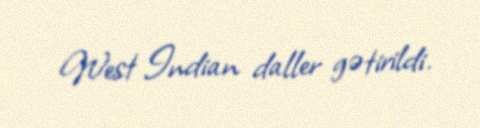
West Indian daller gətirildi.